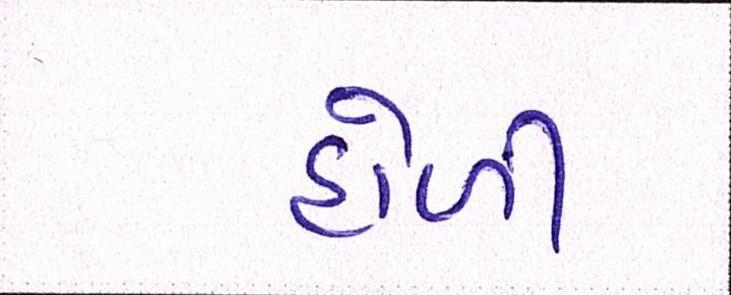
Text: હોળી